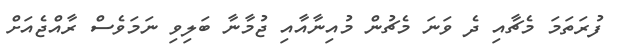
ފުރަތަމަ މެޗާއި ދެ ވަނަ މެޗުން މުއިނާއާއި ޖުމާނާ ބަލިވި ނަމަވެސް ރާއްޖެއަށް